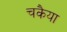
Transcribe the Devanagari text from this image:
चकैया